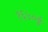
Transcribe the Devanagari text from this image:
१६७०ई